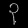
Digit: ၃